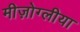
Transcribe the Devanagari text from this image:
मीज़ोग्लीया